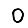
Digit: 0